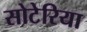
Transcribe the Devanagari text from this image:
सोटेरिया